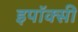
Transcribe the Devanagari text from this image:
इपॉक्सी